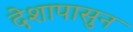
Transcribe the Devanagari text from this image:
देशापासुन